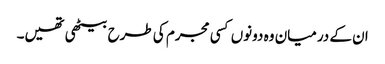
ان کے درمیان وہ دونوں کسی مجرم کی طرح بیٹھی تھیں۔